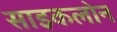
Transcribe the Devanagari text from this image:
साइकलोन